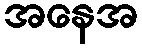
အနေအ